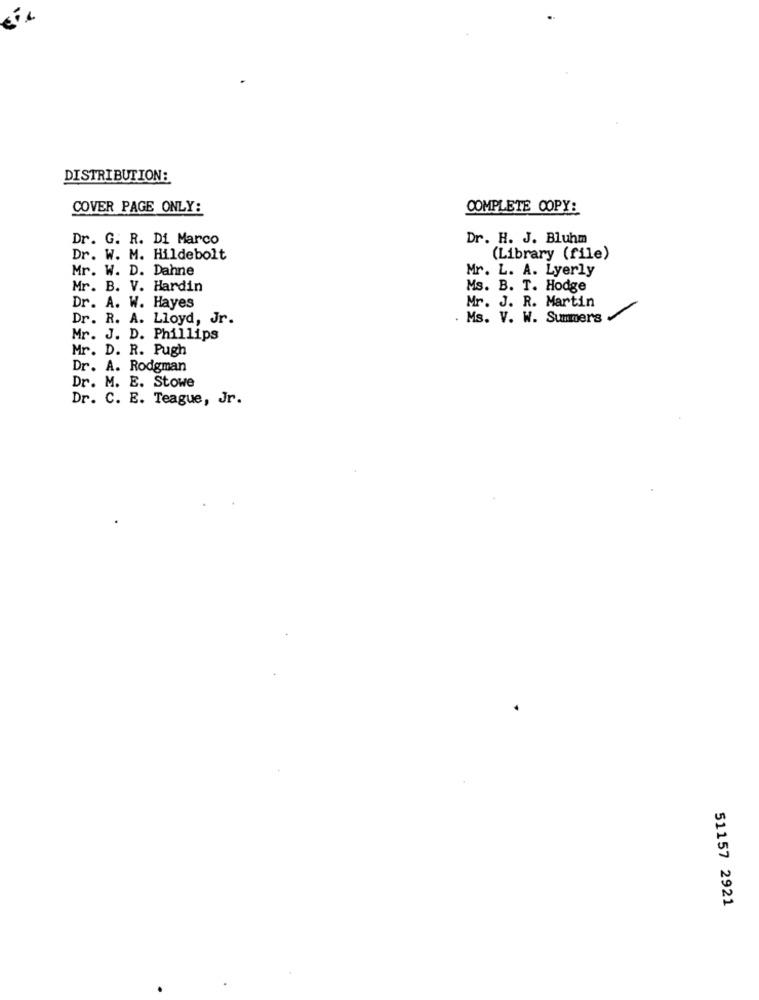
DISTRIBUTION:
COVER PAGE ONLY:
COMPLETE COPY:
Dr. G. R. Di Marco
Dr. H. J. Bluhm
Dr. W. M. Hildebolt
(Library (file)
Mr. W. D. Dahne
Mr. L. A. Lyerly
Mr. B. V. Hardin
Ms. B. T. Hodge
Mr. J. R. Martin
Dr. A. W. Hayes
Dr. R. A. Lloyd, Jr.
Ms. V. W. Summers
Mr. J. D. Phillips
Mr. D. R. Pugh
Dr. A. Rodgman
Dr. M. E. Stowe
Dr. C. E. Teague, Jr.
51157 2921